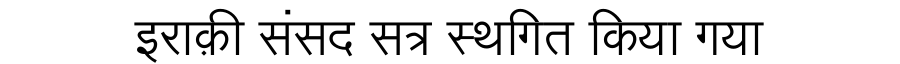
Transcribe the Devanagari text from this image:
इराक़ी संसद सत्र स्थगित किया गया